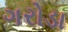
ગરોડા